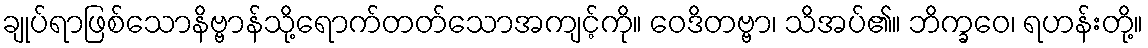
ချုပ်ရာဖြစ်သောနိဗ္ဗာန်သို့ရောက်တတ်သောအကျင့်ကို။ ဝေဒိတဗ္ဗာ၊ သိအပ်၏။ ဘိက္ခဝေ၊ ရဟန်းတို့။